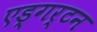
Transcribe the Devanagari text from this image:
एड्गर्टन